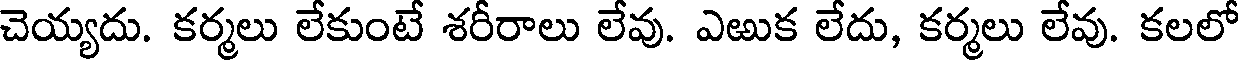
చెయ్యదు. కర్మలు లేకుంటే శరీరాలు లేవు. ఎఱుక లేదు, కర్మలు లేవు. కలలో